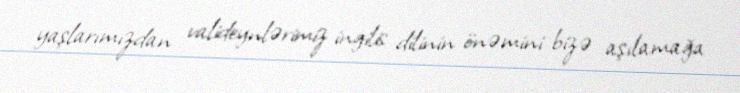
yaşlarımızdan valideynlərimiz ingilis dilinin önəmini bizə aşılamağa